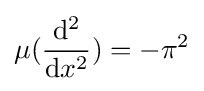
\mu ({\frac {\mathrm {d} ^{2}}{\mathrm {d} x^{2}}})=-\pi ^{2}